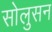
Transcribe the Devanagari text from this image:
सोलुसन